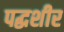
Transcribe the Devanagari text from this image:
पद्धशीर